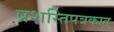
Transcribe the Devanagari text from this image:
प्रशस्तिपत्रकात